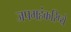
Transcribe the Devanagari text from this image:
जपमहंकरिष्ये